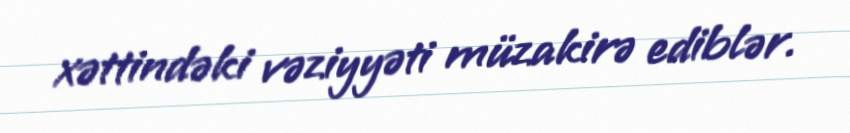
xəttindəki vəziyyəti müzakirə ediblər.